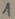
Text: 1